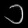
Digit: ၁